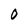
Character: O